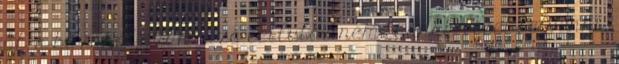
pl. a búzából származó cellulóz nem tudnak vizet felvenni,